Juuru_vallavalitsus, lk 2
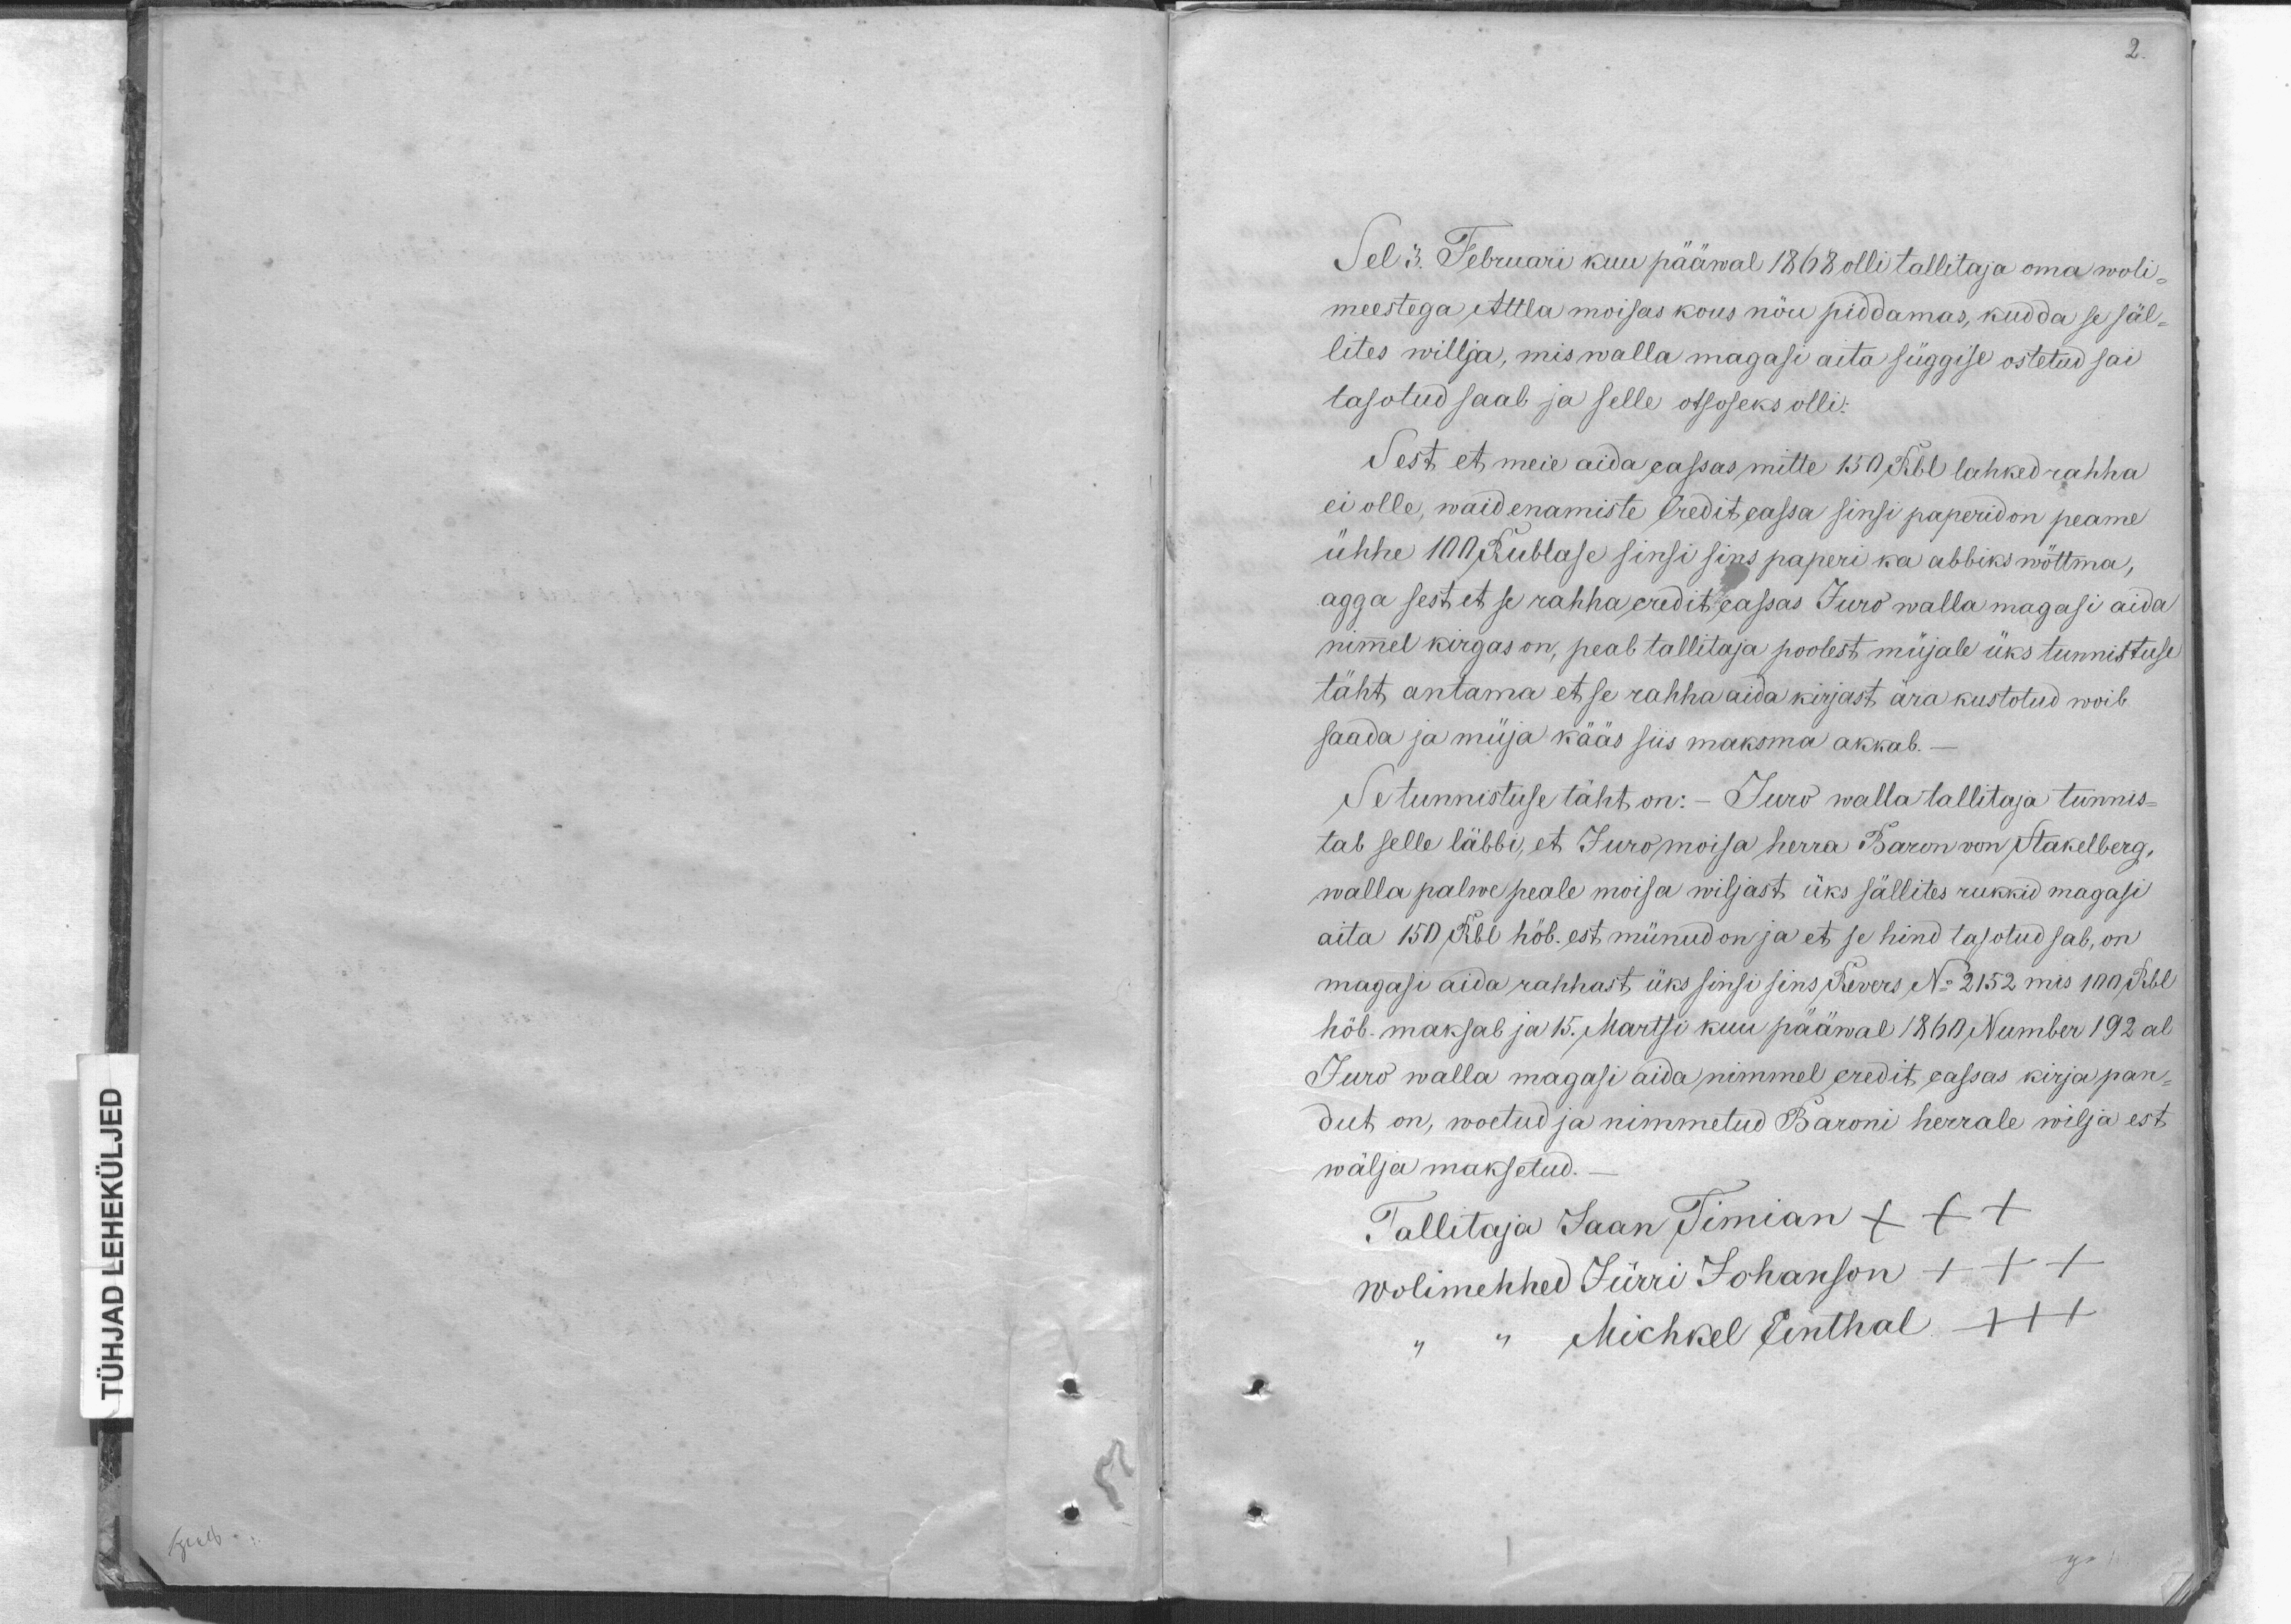
2.

Sel 3. Februari kuu pääwal 1868 olli tallitaja oma woli-
meestega, Attla moisas kous nõu piddamas, kuda se säl-
lites willja, mis walla magasi aita süggise ostetud sai
tasotud saab ja selle otsuseks olli.
Sest et meie aida eassas mitte 150 Rbl lahked rahha
ei olle, waid enamiste kredit eassa sinsi paperid on peame
ühhe 100 Rublase sinsi sins paperi ka abbiks wöttma,
agga sest et se rahha eredit eassas Juro walla magasi aida
nimel kirgas on, peab tallitaja poolest müjale üks tunnistuse
täht antama et se rahha aida kirjast ära kustotud woib
saada ja müja kääs siis maksma akkab.-
Se tunnistuse täht on: - Juro walla tallitaja tunnis-
tab selle läbbi, et Juro moisa herra Baron von Stakelberg,
walla palwe peale moisa wiljast üks sällites rukkid magasi
aita 150 Rbl höb. est münud on ja et se hind tasotud sab, on
magasi aida rahhast, üks sinsi sins Rewers No 2152 mis 100 Rbl
höb. maksab ja 15. Martsi kuu pääwal 1860 Number 192 al
Juro walla magasi aida nimmel eredit eassas kirja pan-
dut on, woetud ja nimmetud Baroni herrale wilja est
wälja maksetud.
Tallitaja Jaan Timian xxx
wolimehhed Jürri Johanson +++
Michkel Einthal +++